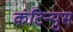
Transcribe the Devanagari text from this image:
कंटिन्युस